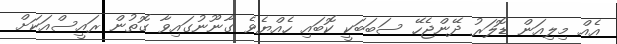
އެއް މިލިއަން ޑޮލަރު ދޭންޖެހޭ ސަބަބަކީ ކޮބައި ހެއްޔެވެ ގާނޫނުގައިވާ ގޮތުން ރައީސްއަކަށް